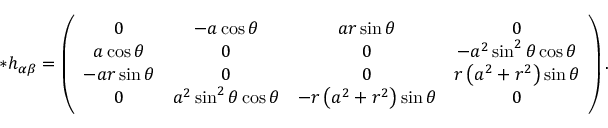
* h _ { \alpha \beta } = \left( \begin{array} { c c c c } { 0 } & { - a \cos \theta } & { a r \sin \theta } & { 0 } \\ { a \cos \theta } & { 0 } & { 0 } & { - a ^ { 2 } \sin ^ { 2 } \theta \cos \theta } \\ { - a r \sin \theta } & { 0 } & { 0 } & { r \left( a ^ { 2 } + r ^ { 2 } \right) \sin \theta } \\ { 0 } & { a ^ { 2 } \sin ^ { 2 } \theta \cos \theta } & { - r \left( a ^ { 2 } + r ^ { 2 } \right) \sin \theta } & { 0 } \end{array} \right) .